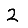
Digit: 2